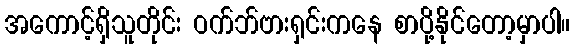
အကောင့်ရှိသူတိုင်း ဝက်ဘ်ဗားရှင်းကနေ စာပို့နိုင်တော့မှာပါ။